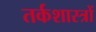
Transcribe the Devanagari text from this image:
तर्कशास्त्रों